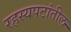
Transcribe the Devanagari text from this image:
रहस्यपटांतील